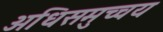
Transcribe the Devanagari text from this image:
अधिसमुच्चय